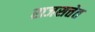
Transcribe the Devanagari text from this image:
राजसत्तेत